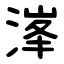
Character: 溄